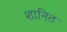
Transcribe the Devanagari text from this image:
शानित